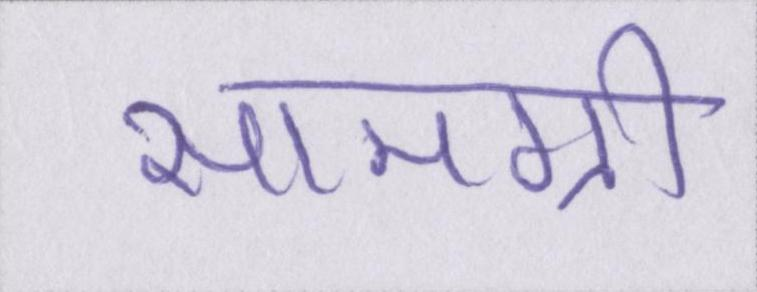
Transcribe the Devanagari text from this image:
सामग्री